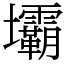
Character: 壩